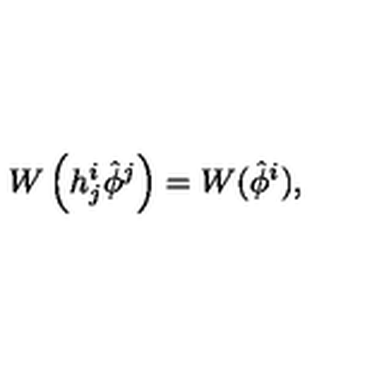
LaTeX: W \left( h _ { j } ^ { i } \hat { \phi } ^ { j } \right) = W ( \hat { \phi } ^ { i } ) ,